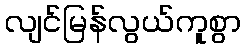
လျင်မြန်လွယ်ကူစွာ